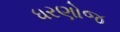
ધરણોજ